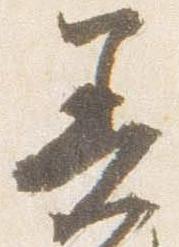
着